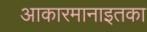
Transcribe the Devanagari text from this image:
आकारमानाइतका